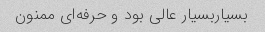
بسیاربسیار عالی بود و حرفه‌ای ممنون